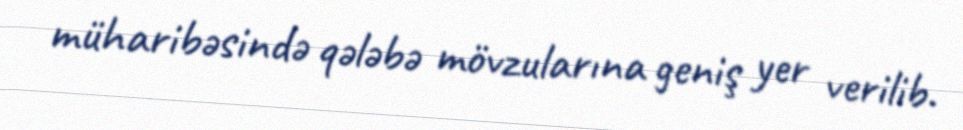
müharibəsində qələbə mövzularına geniş yer verilib.